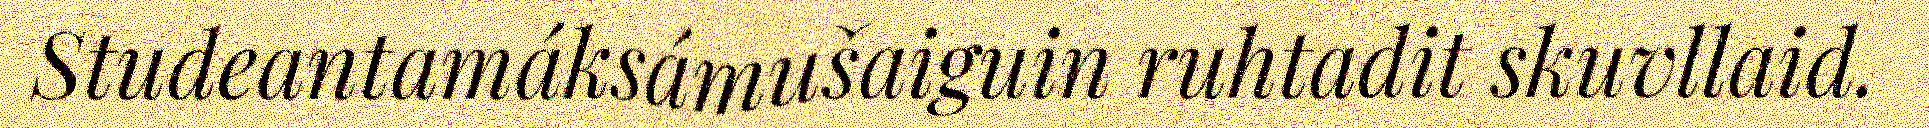
Studeantamáksámušaiguin ruhtadit skuvllaid.